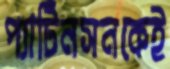
প্যাটিনসনকেই